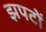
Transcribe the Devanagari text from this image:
झपटों